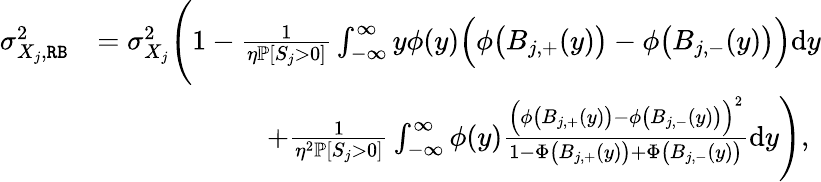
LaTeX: \begin{array}{rl}{\sigma_{X_{j},\mathtt{RB}}^{\mathrm{2}}}&{=\sigma_{X_{j}}^{2}\Bigg(1-\frac{1}{\eta\mathbb{P}[S_{j}>0]}\int_{-\infty}^{\infty}y\phi(y)\Big(\phi\big(B_{j,+}(y)\big)-\phi\big(B_{j,-}(y)\big)\Big)\mathrm{d}y}\\ &{\qquad\qquad\qquad+\frac{1}{\eta^{2}\mathbb{P}[S_{j}>0]}\int_{-\infty}^{\infty}\phi(y)\frac{\Big(\phi\big(B_{j,+}(y)\big)-\phi\big(B_{j,-}(y)\big)\Big)^{2}}{1-\Phi\big(B_{j,+}(y)\big)+\Phi\big(B_{j,-}(y)\big)}\mathrm{d}y\Bigg),}\end{array}